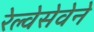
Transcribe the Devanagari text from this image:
रेल्वेसेवेने